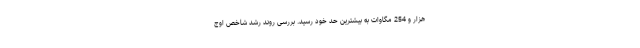
هزار و 254 مگاوات به بیشترین حد خود رسید. بررسی روند رشد شاخص اوج